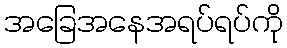
အခြေအနေအရပ်ရပ်ကို